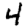
Digit: 4